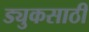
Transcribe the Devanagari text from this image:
ड्युकसाठी